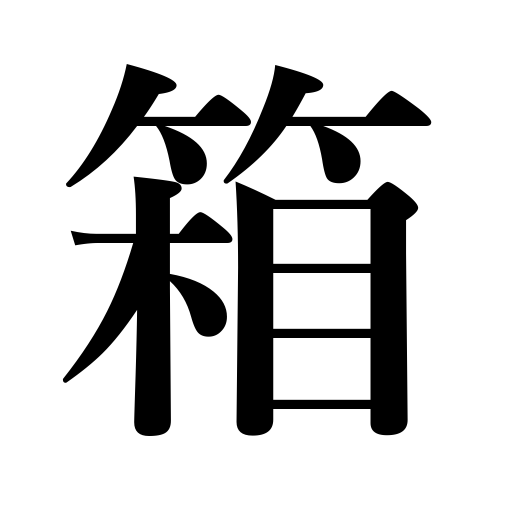
Meanings: box,chest,bin,railway car,coffer,case